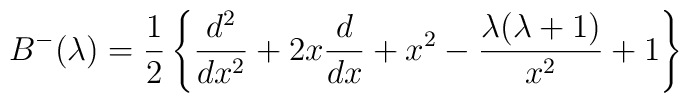
B^{-}(\lambda) = {1\over 2}\left \{{d^{2}\over dx^2} +2x{d\over dx} + x^{2} - {\lambda (\lambda +1)\over x^{2}} + 1\right\}